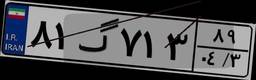
۸۱گ۷۱۳۸۹